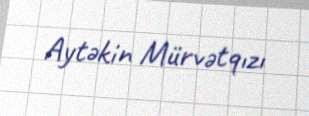
Aytəkin Mürvətqızı